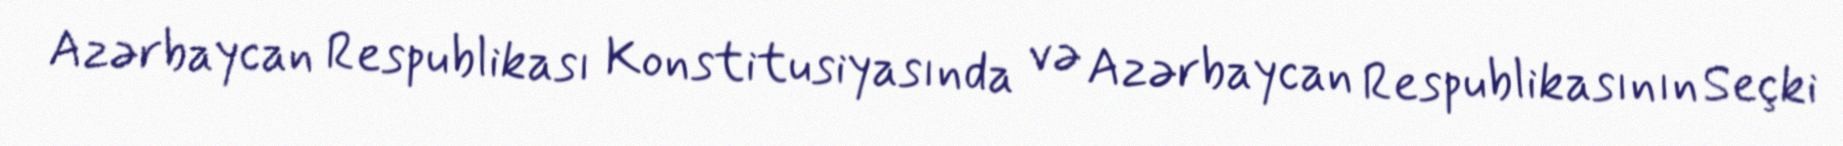
Azərbaycan Respublikası Konstitusiyasında və Azərbaycan Respublikasının Seçki